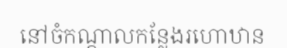
នៅចំកណ្តាលកន្លែងរហោឋាន